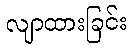
လျာထားခြင်း